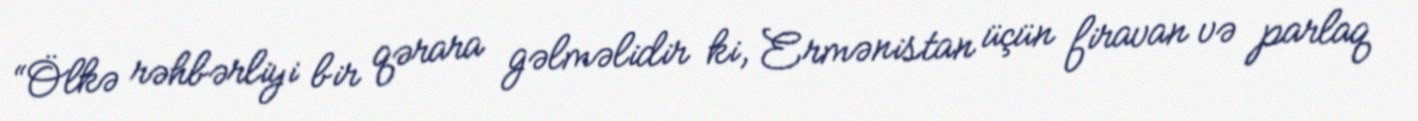
“Ölkə rəhbərliyi bir qərara gəlməlidir ki, Ermənistan üçün firavan və parlaq